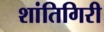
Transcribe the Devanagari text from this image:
शांतिगिरी